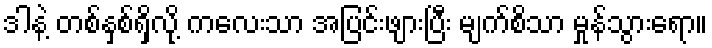
ဒါနဲ့ တစ်နှစ်ရှိလို့ ကလေးသာ အပြင်းဖျားပြီး မျက်စိသာ မှုန်သွားရော။